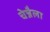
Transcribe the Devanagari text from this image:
चेन्नैला